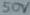
Text: 50v